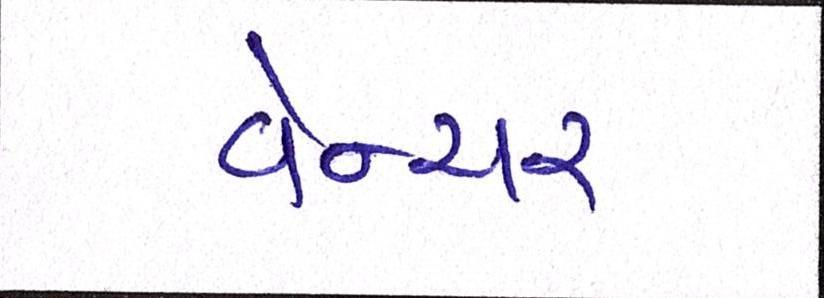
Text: વેન્ચર